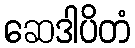
ဆေဒါပိတံ